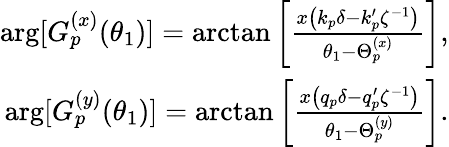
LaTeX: \begin{array}{r}{\arg[G_{p}^{(x)}(\theta_{1})]=\arctan\left[\frac{x\left(k_{p}\delta-k_{p}^{\prime}\zeta^{-1}\right)}{\theta_{1}-\Theta_{p}^{(x)}}\right],}\\ {\arg[G_{p}^{(y)}(\theta_{1})]=\arctan\left[\frac{x\left(q_{p}\delta-q_{p}^{\prime}\zeta^{-1}\right)}{\theta_{1}-\Theta_{p}^{(y)}}\right].}\end{array}